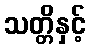
သတ္တိနှင့်